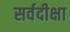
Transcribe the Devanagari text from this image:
सर्वदीक्षा